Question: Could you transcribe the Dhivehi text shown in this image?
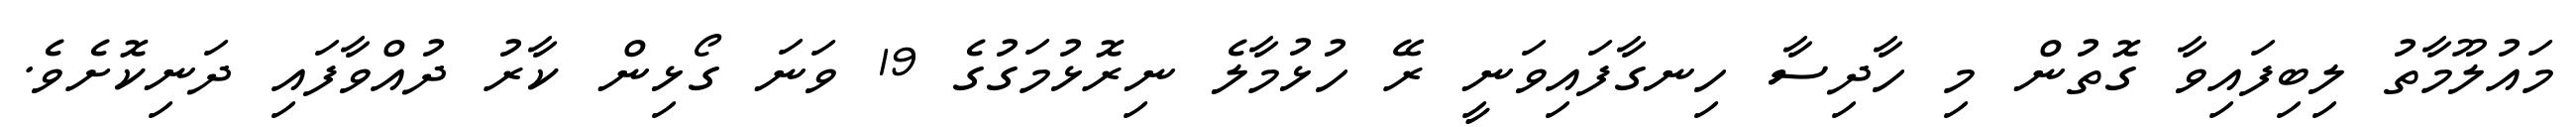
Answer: މައުލޫމާތު ލިބިފައިވާ ގޮތުން މި ހާދިސާ ހިނގާފައިވަނީ ރޭ ހުޅުމާލެ ނިރޮޅުމަގުގެ 19 ވަނަ ގޯޅިން ކާރު ދުއްވާފައި ދަނިކޮށެވެ.